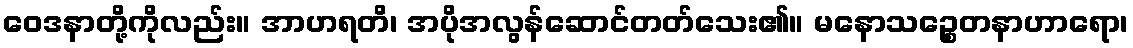
ဝေဒနာတို့ကိုလည်း။ အာဟရတိ၊ အပိုအလွန်ဆောင်တတ်သေး၏။ မနောသဉ္စေတနာဟာရော၊